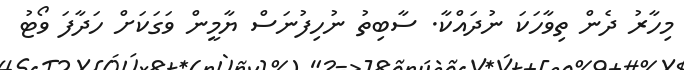
މިހާރު ދެން ތިވާހަކަ ނުދައްކާ. ސާބިތު ނުހިފުނަސް ޔާމީން ވަގަކަށް ހަދާފަ ވޯޓު